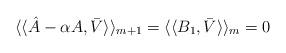
LaTeX: \begin{align*}\langle\langle \hat{A}-\alpha A , \bar{V} \rangle\rangle_{m+1}=\langle\langle B_1 , \bar{V} \rangle\rangle_m=0\end{align*}